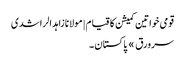
قومی خواتین کمیشن کا قیام | مولانا زاہد الراشدی
سرورق » پاکستان ۔